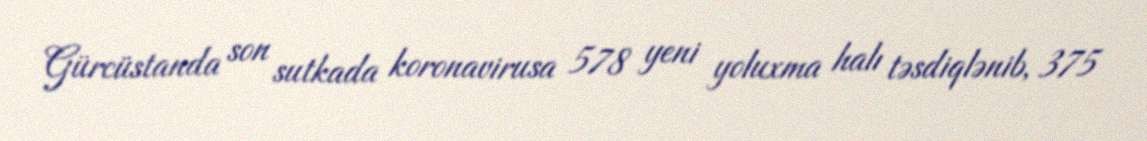
Gürcüstanda son sutkada koronavirusa 578 yeni yoluxma halı təsdiqlənib, 375